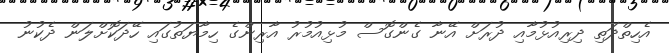
އެހިތްދަތި ދިރިއުޅުމާއި ދުރަށް އޭނާ ގެންގޮސް މުޅިއުމުރު އާރިންގެ ހިމާޔަތުގައި ހޭދަކޮށްލަން ދެކުނު